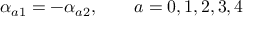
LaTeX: \alpha _ { a 1 } = - \alpha _ { a 2 } , \qquad a = 0 , 1 , 2 , 3 , 4